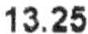
13.25